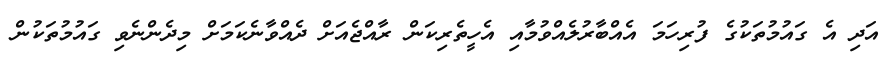
އަދި އެ ގައުމުތަކުގެ ފުރިހަމަ އެއްބާރުލެއްވުމާއި އެހީތެރިކަން ރާއްޖެއަށް ދެއްވާނެކަމަށް މިދެންނެވި ގައުމުތަކުން